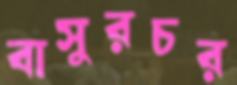
বাসুরচর